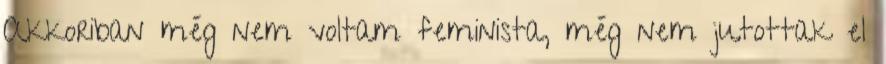
Akkoriban még nem voltam feminista, még nem jutottak el